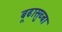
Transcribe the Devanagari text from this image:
बूढासुब्बा